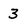
Character: 3